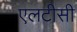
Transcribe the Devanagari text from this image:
एलटीसी